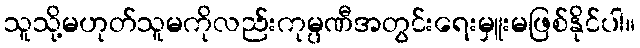
သူသို့မဟုတ်သူမကိုလည်းကုမ္ပဏီအတွင်းရေးမှူးမဖြစ်နိုင်ပါ။